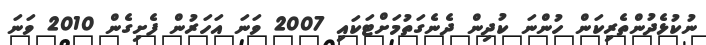
ނުކުޅެދުންތެރިކަން ހުންނަ ކުދިން ދެނެގަތުމަށްޓަކައި 2007 ވަނަ އަހަރުން ފެށިގެން 2010 ވަނަ